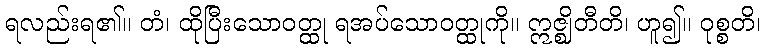
ရလည်းရ၏။ တံ၊ ထိုပြီးသောဝတ္ထု ရအပ်သောဝတ္ထုကို။ ဣဇ္ဈိတီတိ၊ ဟူ၍။ ဝုစ္စတိ၊